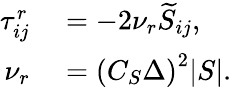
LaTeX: \begin{array}{rl}{\tau_{ij}^{r}}&{{}=-2\nu_{r}\widetilde{S}_{ij},}\\ {\nu_{r}}&{{}=\left(C_{S}\Delta\right)^{2}|S|.}\end{array}